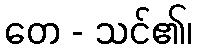
တေ - သင်၏၊